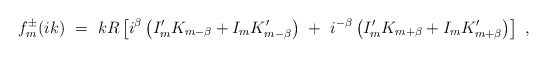
\begin{align*}f^{\pm}_m(ik)\ =\ k R\left[ i^\beta\left(I'_m K_{m-\beta}+I_{m}K'_{m-\beta}\right)\ +\ i^{-\beta}\left(I'_m K_{m+\beta}+I_{m}K'_{m+\beta}\right)\right]\ ,\end{align*}